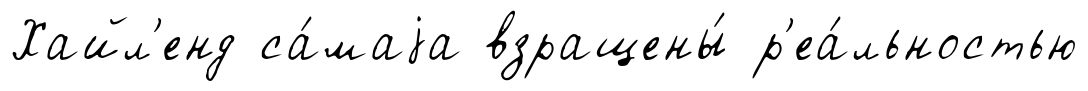
Хайл'енд са́маjа взращены́ р'еа́льностью